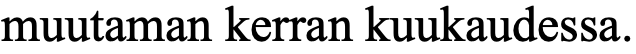
muutaman kerran kuukaudessa.